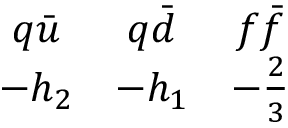
\begin{array} { c c c } { { q \bar { u } } } & { { q \bar { d } } } & { { f \bar { f } } } \\ { { - h _ { 2 } } } & { { - h _ { 1 } } } & { { - { \frac { 2 } { 3 } } } } \end{array}